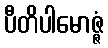
ပီတိပါမောဇ္ဇံ